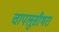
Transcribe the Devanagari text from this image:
चापलूसीभरा